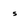
Character: s